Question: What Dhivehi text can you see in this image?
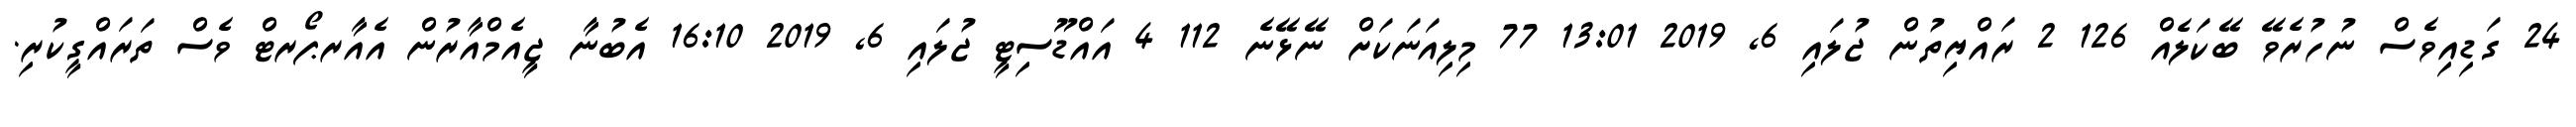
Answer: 24 ގަޑިއިވެސް ނުހުރެވޭ ބޭކަލެއް 126 2 ރައްޔިތުން ޖުލައި 6, 2019 13:01 77 މިލިއަނަކަށް ނޭޅޭނެ 112 4 އައްޑޫސިޓީ ޖުލައި 6, 2019 16:10 އެބުނާ ޖީއެމްއާރުން އެއާރޕޯރޓް ވެސް ތަރައްގީކުރި.